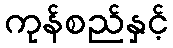
ကုန်စည်နှင့်